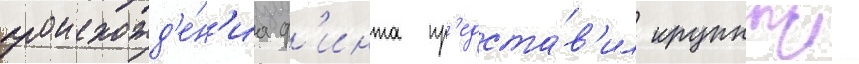
происхожд'е́н'иа ф'инта пр'едста́в'ил крупныи